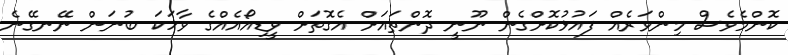
ކޮންމެވެސް މިންވަރެއް ފައުޅުކޮށްގެން ނޫނީ ދޮންތައަށް އެގޮތަށް ވީޑިއޯއެއްގެ ވާހަކަ ބުނަން ނޭނގޭނެ